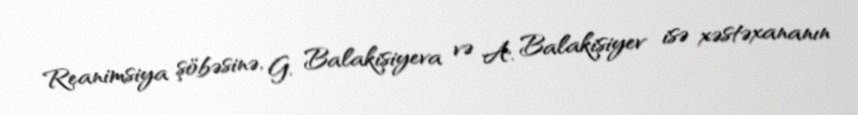
Reanimsiya şöbəsinə, G. Balakişiyeva və A. Balakişiyev isə xəstəxananın